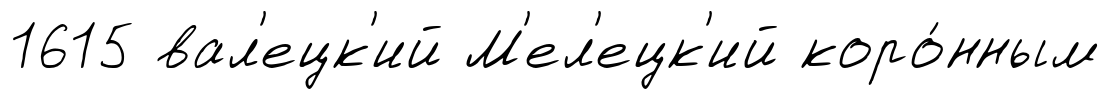
1615 вал'ецк'ий М'ел'ецк'ий коро́нным